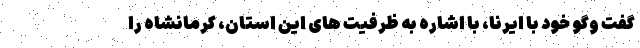
گفت وگو خود با ایرنا، با اشاره به ظرفیت های این استان، کرمانشاه را